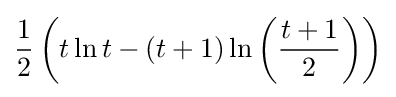
{\frac {1}{2}}\left(t\ln t-(t+1)\ln \left({\frac {t+1}{2}}\right)\right)